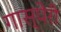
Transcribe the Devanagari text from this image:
गास्पेरी